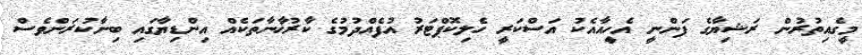
މީގެއިތުރުން ރަޝިޔާގެ ފަންނީ އެހީއާއެކު އަސްކަރީ ހެލިކޮޕްޓަރު އުފެއްދުމުގެ ކާރުޚާނާތަކެއް އިންޑިޔާގައި ބިނާކުރަންވެސް